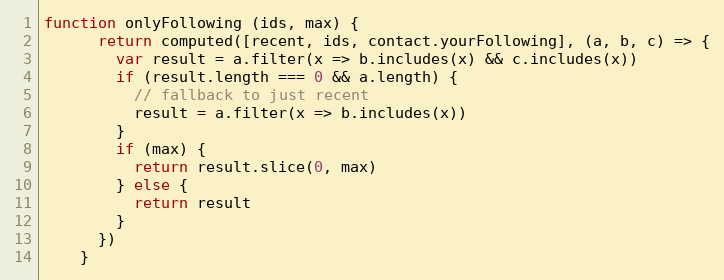
Language: JavaScript
function onlyFollowing (ids, max) {
      return computed([recent, ids, contact.yourFollowing], (a, b, c) => {
        var result = a.filter(x => b.includes(x) && c.includes(x))
        if (result.length === 0 && a.length) {
          // fallback to just recent
          result = a.filter(x => b.includes(x))
        }
        if (max) {
          return result.slice(0, max)
        } else {
          return result
        }
      })
    }